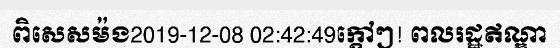
ពិសេសម៉ង2019-12-08 02:42:49ក្តៅៗ! ពលរដ្ឋឥណ្ឌា